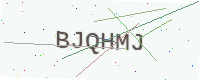
Text: BJQHMJ